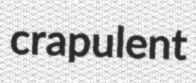
crapulent